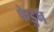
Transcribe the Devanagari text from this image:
फेडुन